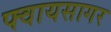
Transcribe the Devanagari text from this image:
फ्वायसागर